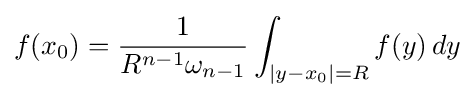
f(x_{0})={\frac {1}{R^{n-1}\omega _{n-1}}}\int _{|y-x_{0}|=R}f(y)\,dy